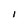
Character: i